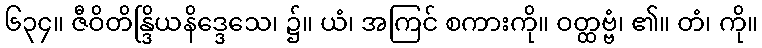
၆၃၄။ ဇီဝိတိန္ဒြိယနိဒ္ဒေသေ၊ ၌။ ယံ၊ အကြင် စကားကို။ ဝတ္ထဗ္ဗံ၊ ၏။ တံ၊ ကို။